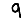
Digit: 9